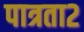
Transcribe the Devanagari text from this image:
पात्रता२